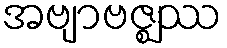
အဗျာဗဇ္ဈဿ